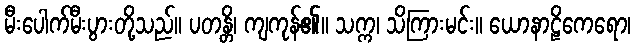
မီးပေါက်မီးပွားတို့သည်။ ပတန္တိ၊ ကျကုန်၏။ သက္က၊ သိကြားမင်း။ ယောနာဠိကေရော၊